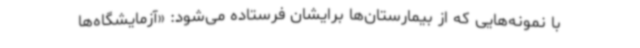
با نمونه‌هایی که از بیمارستان‌ها برایشان فرستاده می‌شود: «آزمایشگاه‌ها